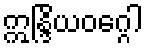
ဣန္ဒြိယဝဂ္ဂေါ